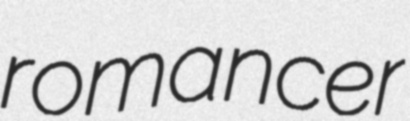
romancer